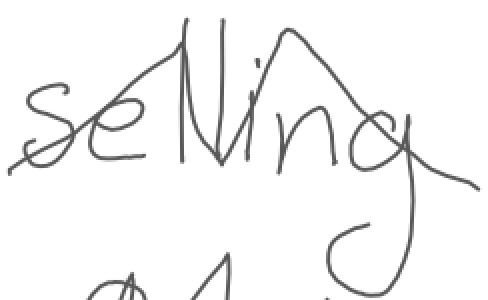
Text: selling
Cross-out: zig-zag
Writing tool: digital_gray